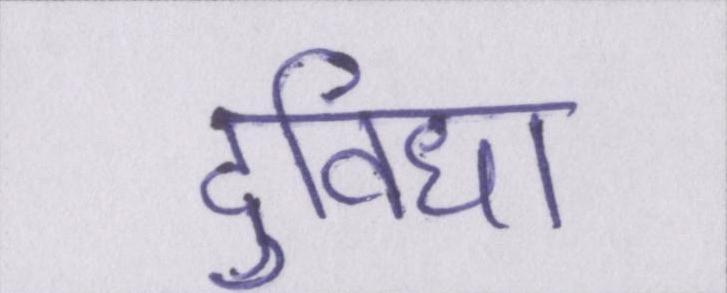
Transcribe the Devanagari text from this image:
दुविधा